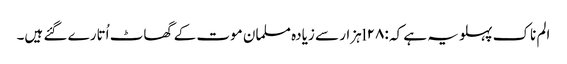
الم ناک پہلو یہ ہے کہ :l۲۸ہزار سے زیادہ مسلمان موت کے گھاٹ اُتارے گئے ہیں۔